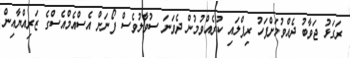
ރަގަޅު ޖަވާބު ދެއްވުމަށްފަހު ރިޕްލައި ކުރެއްވުމުން ދެވަނަ ސުވާލުވެސް ފޯނަށް އެސްއެމްއެސްގެ ޒަރިއްޔާއިން